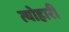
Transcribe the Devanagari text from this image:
त्योहारी